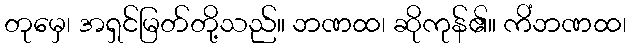
တုမှေ၊ အရှင်မြတ်တို့သည်။ ဘဏထ၊ ဆိုကုန်၏။ ကိံဘဏထ၊